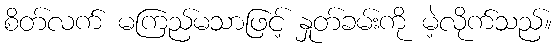
စိတ်လက် မကြည်မသာဖြင့် နှုတ်ခမ်းကို မဲ့လိုက်သည်။